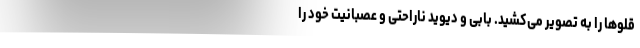
قلو‌ها را به تصویر می‌کشید. بابی و دیوید ناراحتی و عصبانیت خود را